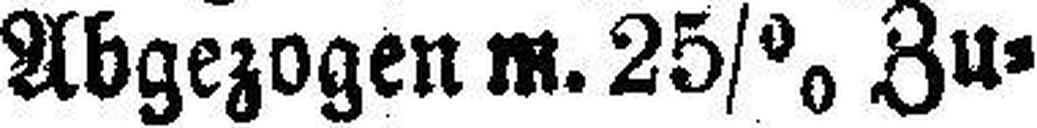
Abgezogen m. 25% Zu¬